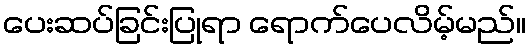
ပေးဆပ်ခြင်းပြုရာ ရောက်ပေလိမ့်မည်။